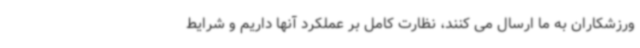
ورزشکاران به ما ارسال می کنند، نظارت کامل بر عملکرد آنها داریم و شرایط